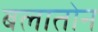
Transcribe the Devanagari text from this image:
बलातोन